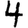
Digit: 4